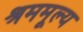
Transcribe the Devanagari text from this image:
श्रममूल्य